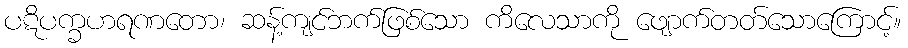
ပဋိပက္ခဟရဏတော၊ ဆန့်ကျင်ဘက်ဖြစ်သော ကိလေသာကို ဖျောက်တတ်သောကြောင့်။